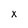
Character: x